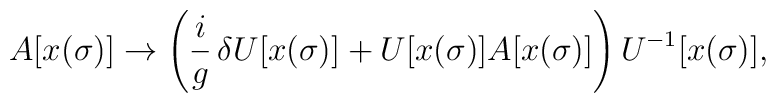
A[x(\sigma)]\rightarrow\left(\frac{i}{g}\,\delta U[x(\sigma)] +U[x(\sigma)]A[x(\sigma)]\right)U^{-1}[x(\sigma)],